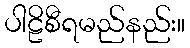
ပါဠိစီရမည်နည်း။